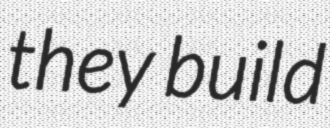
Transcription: they build